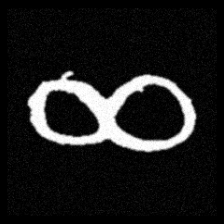
Pyu character \u2014 Myanmar letter: ဆ (romanized: cha)